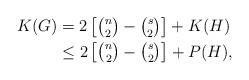
LaTeX: \begin{align*}K(G)&=2\left[\tbinom{n}{2}-\tbinom{s}{2}\right]+K(H)\\&\leq 2\left[\tbinom{n}{2}-\tbinom{s}{2}\right]+P(H),\end{align*}